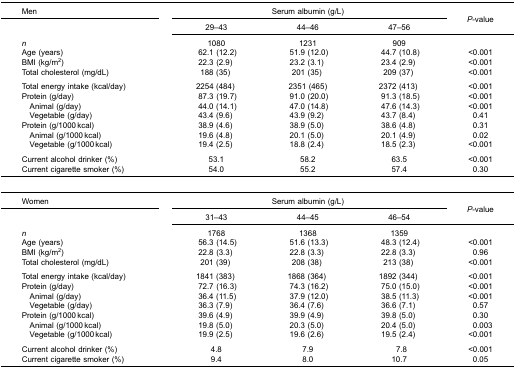
<table><thead><tr><td><b>Men</b></td><td colspan="3"><b>Serum albumin (g/L)</b></td><td rowspan="3"><b><i>P</i>-value</b></td></tr><tr><td>[EMPTY_CELL]</td><td><b>29–43</b></td><td><b>44–46</b></td><td><b>47–56</b></td></tr></thead><tbody><tr><td><i>n</i></td><td>1080</td><td>1231</td><td>909</td><td>[EMPTY_CELL]</td></tr><tr><td>Age (years)</td><td>62.1 (12.2)</td><td>51.9 (12.0)</td><td>44.7 (10.8)</td><td>&lt;0.001</td></tr><tr><td>BMI (kg/m<sup>2</sup>)</td><td>22.3 (2.9)</td><td>23.2 (3.1)</td><td>23.4 (2.9)</td><td>&lt;0.001</td></tr><tr><td>Total cholesterol (mg/dL)</td><td>188 (35)</td><td>201 (35)</td><td>209 (37)</td><td>&lt;0.001</td></tr><tr><td colspan="5">[EMPTY_CELL]</td></tr><tr><td>Total energy intake (kcal/day)</td><td>2254 (484)</td><td>2351 (465)</td><td>2372 (413)</td><td>&lt;0.001</td></tr><tr><td>Protein (g/day)</td><td>87.3 (19.7)</td><td>91.0 (20.0)</td><td>91.3 (18.5)</td><td>&lt;0.001</td></tr><tr><td> Animal (g/day)</td><td>44.0 (14.1)</td><td>47.0 (14.8)</td><td>47.6 (14.3)</td><td>&lt;0.001</td></tr><tr><td> Vegetable (g/day)</td><td>43.4 (9.6)</td><td>43.9 (9.2)</td><td>43.7 (8.4)</td><td>0.41</td></tr><tr><td>Protein (g/1000 kcal)</td><td>38.9 (4.6)</td><td>38.9 (5.0)</td><td>38.6 (4.8)</td><td>0.31</td></tr><tr><td> Animal (g/1000 kcal)</td><td>19.6 (4.8)</td><td>20.1 (5.0)</td><td>20.1 (4.9)</td><td>0.02</td></tr><tr><td> Vegetable (g/1000 kcal)</td><td>19.4 (2.5)</td><td>18.8 (2.4)</td><td>18.5 (2.3)</td><td>&lt;0.001</td></tr><tr><td colspan="5">[EMPTY_CELL]</td></tr><tr><td>Current alcohol drinker (%)</td><td>53.1</td><td>58.2</td><td>63.5</td><td>&lt;0.001</td></tr><tr><td>Current cigarette smoker (%)</td><td>54.0</td><td>55.2</td><td>57.4</td><td>0.30</td></tr><tr><td colspan="5">[EMPTY_CELL]</td></tr><tr><td>Women</td><td colspan="3">Serum albumin (g/L)</td><td rowspan="3"><i>P</i>-value</td></tr><tr><td>[EMPTY_CELL]</td><td>31–43</td><td>44–45</td><td>46–54</td></tr><tr><td><i>n</i></td><td>1768</td><td>1368</td><td>1359</td><td>[EMPTY_CELL]</td></tr><tr><td>Age (years)</td><td>56.3 (14.5)</td><td>51.6 (13.3)</td><td>48.3 (12.4)</td><td>&lt;0.001</td></tr><tr><td>BMI (kg/m<sup>2</sup>)</td><td>22.8 (3.3)</td><td>22.8 (3.3)</td><td>22.8 (3.3)</td><td>0.96</td></tr><tr><td>Total cholesterol (mg/dL)</td><td>201 (39)</td><td>208 (38)</td><td>213 (38)</td><td>&lt;0.001</td></tr><tr><td colspan="5">[EMPTY_CELL]</td></tr><tr><td>Total energy intake (kcal/day)</td><td>1841 (383)</td><td>1868 (364)</td><td>1892 (344)</td><td>&lt;0.001</td></tr><tr><td>Protein (g/day)</td><td>72.7 (16.3)</td><td>74.3 (16.2)</td><td>75.0 (15.0)</td><td>&lt;0.001</td></tr><tr><td> Animal (g/day)</td><td>36.4 (11.5)</td><td>37.9 (12.0)</td><td>38.5 (11.3)</td><td>&lt;0.001</td></tr><tr><td> Vegetable (g/day)</td><td>36.3 (7.9)</td><td>36.4 (7.6)</td><td>36.6 (7.1)</td><td>0.57</td></tr><tr><td>Protein (g/1000 kcal)</td><td>39.6 (4.9)</td><td>39.9 (4.9)</td><td>39.8 (5.0)</td><td>0.30</td></tr><tr><td> Animal (g/1000 kcal)</td><td>19.8 (5.0)</td><td>20.3 (5.0)</td><td>20.4 (5.0)</td><td>0.003</td></tr><tr><td> Vegetable (g/1000 kcal)</td><td>19.9 (2.5)</td><td>19.6 (2.6)</td><td>19.5 (2.4)</td><td>&lt;0.001</td></tr><tr><td colspan="5">[EMPTY_CELL]</td></tr><tr><td>Current alcohol drinker (%)</td><td>4.8</td><td>7.9</td><td>7.8</td><td>&lt;0.001</td></tr><tr><td>Current cigarette smoker (%)</td><td>9.4</td><td>8.0</td><td>10.7</td><td>0.05</td></tr></tbody></table>